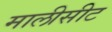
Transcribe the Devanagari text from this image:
मालीसीट